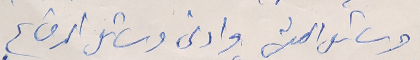
وسائل العيش وادنى وسائل الدفاع.